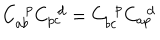
LaTeX: C _ { a b } ^ { ~ ~ p } C _ { p c } ^ { ~ ~ d } = C _ { b c } ^ { ~ ~ p } C _ { a p } ^ { ~ ~ d }